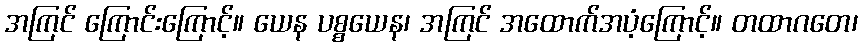
အကြင် ကြောင်းကြောင့်။ ယေန ပစ္စယေန၊ အကြင် အထောက်အပံ့ကြောင့်။ တထာဂတေ၊